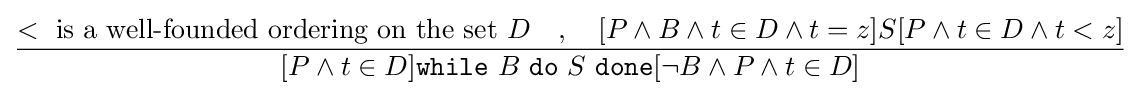
{\dfrac {<\ {\text{is a well-founded ordering on the set}}\ D\quad ,\quad [P\wedge B\wedge t\in D\wedge t=z]S[P\wedge t\in D\wedge t<z]}{[P\wedge t\in D]{\texttt {while}}\ B\ {\texttt {do}}\ S\ {\texttt {done}}[\neg B\wedge P\wedge t\in D]}}